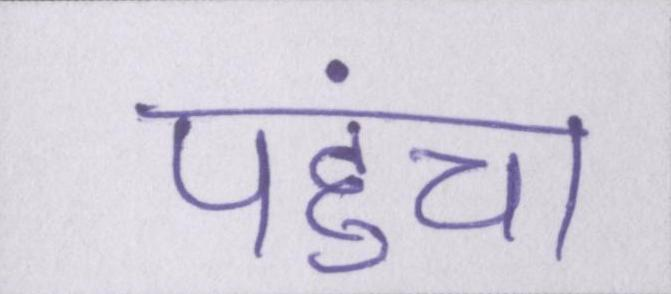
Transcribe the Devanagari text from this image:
पहुंचा